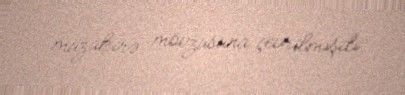
müzakirə mövzusuna çevrilmişdi.